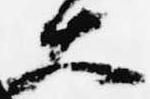
大